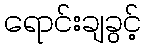
ရောင်းချခွင့်